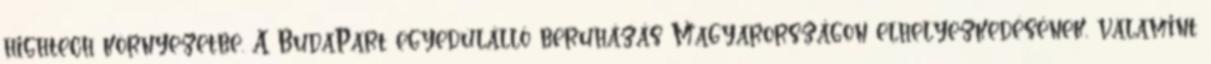
hightech környezetbe. A BudaPart egyedülálló beruházás Magyarországon elhelyezkedésének, valamint